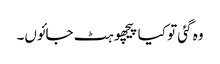
وہ گئی تو کیا پیچھو ہٹ جائوں۔